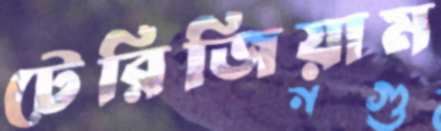
টেরিজিয়াম